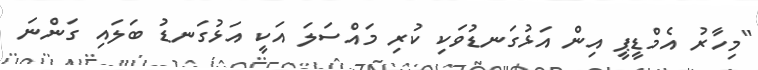
"މިހާރު އެމްޑީޕީ އިން އަޅުގަނޑުވަކި ކުރި މައްސަލަ އަކީ އަޅުގަނޑު ބަލައި ގަންނަ